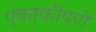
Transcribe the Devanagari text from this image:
एकाकीपणे